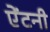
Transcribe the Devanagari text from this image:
ऐंटनी